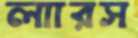
লাারস